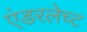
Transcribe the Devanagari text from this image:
एंडरलेच्ट